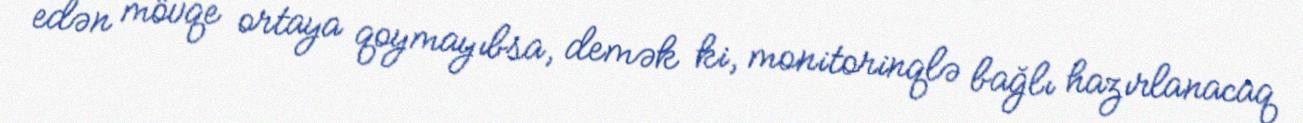
edən mövqe ortaya qoymayıbsa, demək ki, monitorinqlə bağlı hazırlanacaq